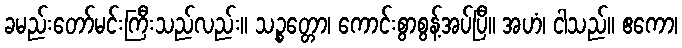
ခမည်းတော်မင်းကြီးသည်လည်း။ သဉ္စတ္တော၊ ကောင်းစွာစွန့်အပ်ပြီ။ အဟံ၊ ငါသည်။ ဧကော၊